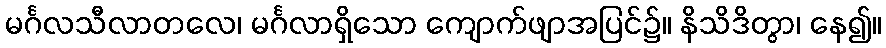
မင်္ဂလသီလာတလေ၊ မင်္ဂလာရှိသော ကျောက်ဖျာအပြင်၌။ နိသိဒိတွာ၊ နေ၍။